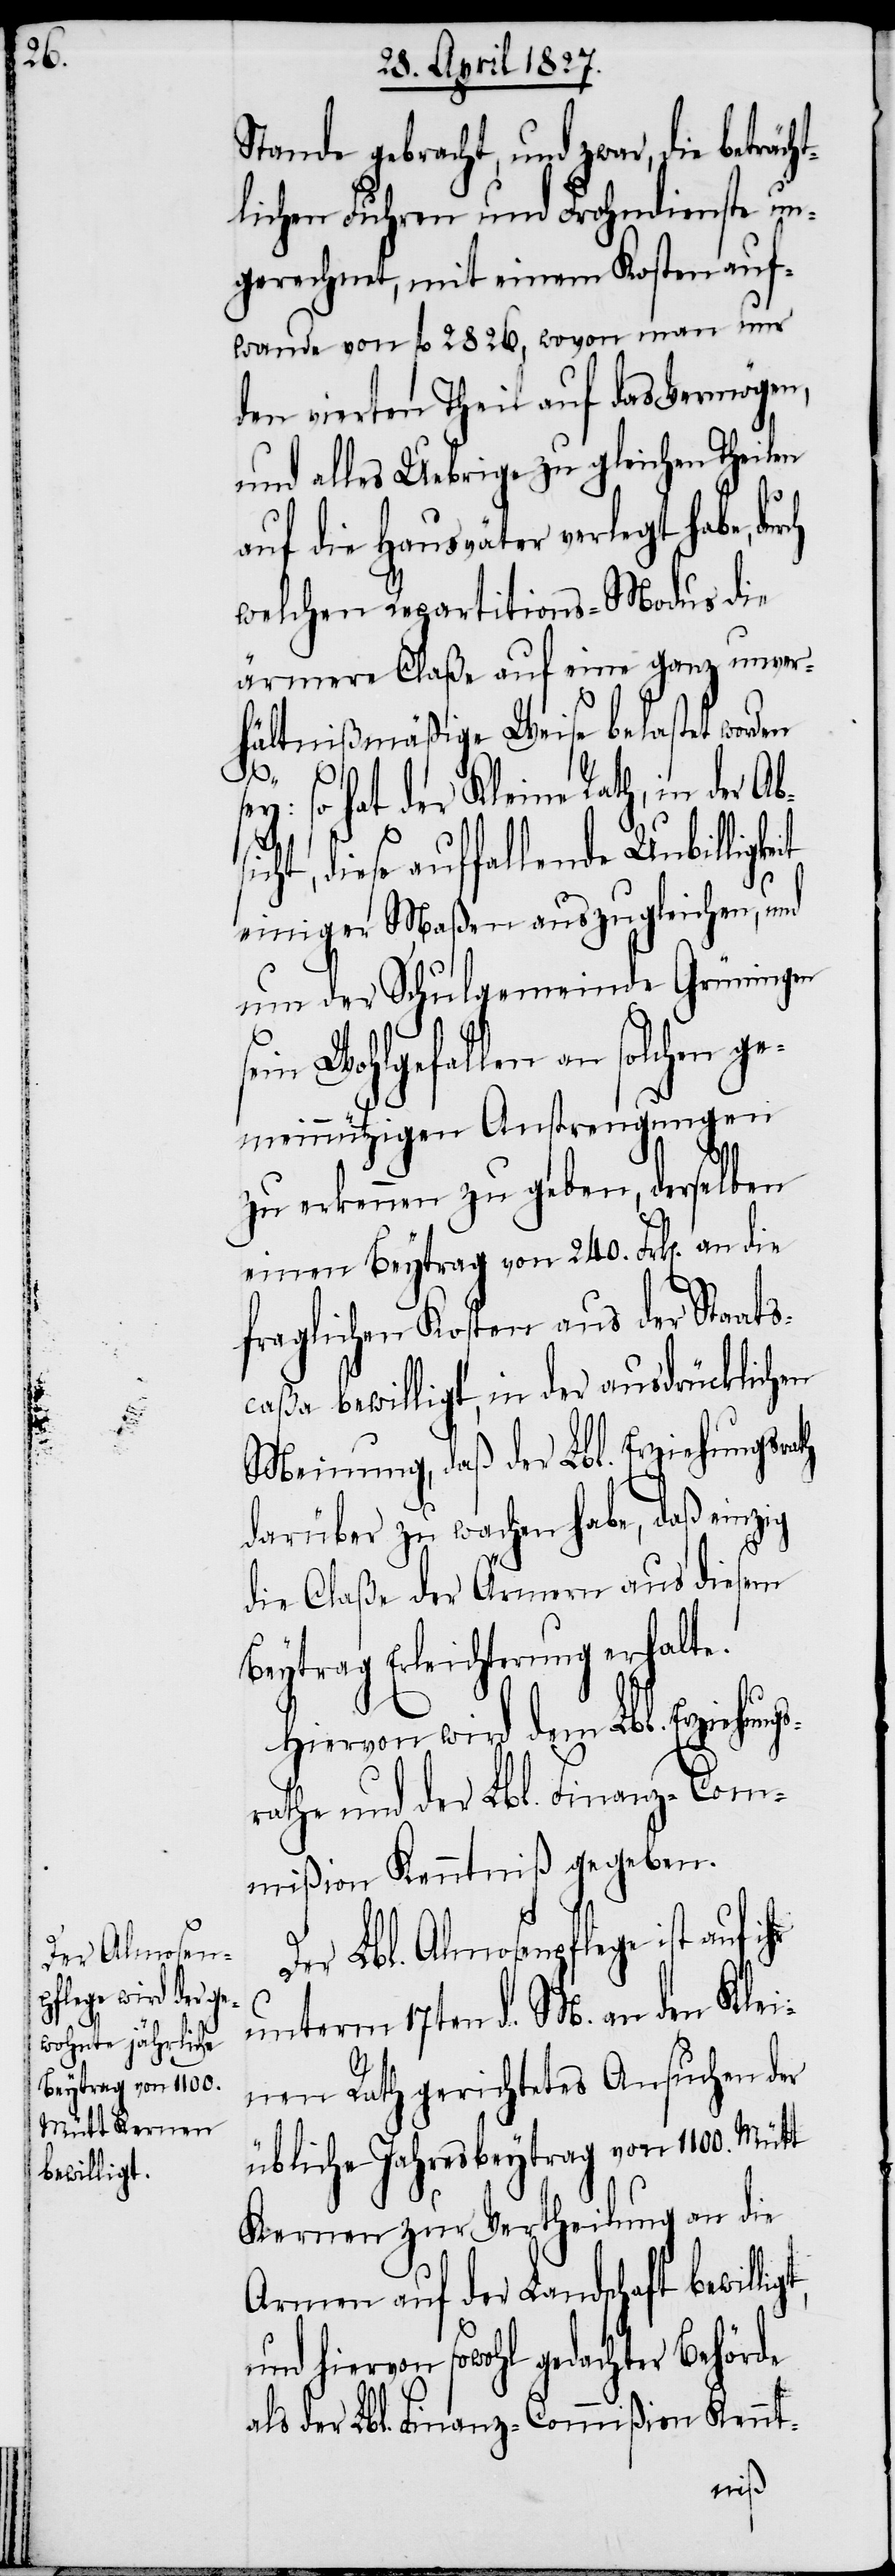
cht¬

Beytrag vom 240.
bewilligt,

Stande gebracht, und zwar, die beträ¬
lichen Fuhren und Frohndienste un¬
gerechnet, mit einem Kostenauf¬
wande von fl. 2826, wovon man nur
den vierten Theil auf das Vermögen,
und alles Uebrige zu gleichen Theilen
auf die Hausväter verlegt habe,
welchen Repartitions-Modus die
ärmere Claße auf eine ganz unver¬
hältnißmäßige Weise belastet word¬
sey: so hat der Kleine Rath, in der Absi¬
cht, diese auffallende Unbilligke¬
einiger Maßen auszugleichen, und
um der Schulgemeinde Grüningen
sein Wohlgefallen an solchen ge¬
meinnützigen Anstrengungen
zu erkennen zu geben, derselben
fraglichen Kosten aus der Staats¬
caßa bewilligt, in der ausdrücklichen
Meinung, daß der Lbl. Erziehungsrath
darüber zu wachen habe, daß einzig
die Claße der Ärmern aus diesem
Beytrag Erleichterung erhalte.
Hiervon wird dem Lbl. Erziehu¬
rath und der Lbl. Finanz-Com¬
mißion Kenntniß gegeben.
Lbl. Almosenpflege ist auf
unterm 17ten d. M. an den Klei¬
nen Rath gerichtetes Ansuchen der
übliche Jahresbeytrag von 1100. Mütt
Kernen zur Vertheilung an die
Armen auf der Landschaft
und hiervon sowohl gedachter Behörde
als der Lbl. Finanz-Commißion Kennt-
ngs¬